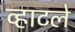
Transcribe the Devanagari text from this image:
व्हाटले